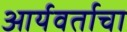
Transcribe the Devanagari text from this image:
आर्यवर्ताचा